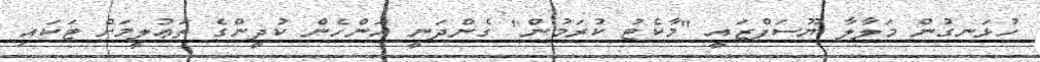
ހުޅަނގުން މަލާލާ ޔޫސަފްޒައީ "މާކެޓު ކުރަމުން" ގެންދަނީ އަންހެން ކުދީންގެ ތަޢުލީމަށް ޓަކައި